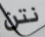
نتن